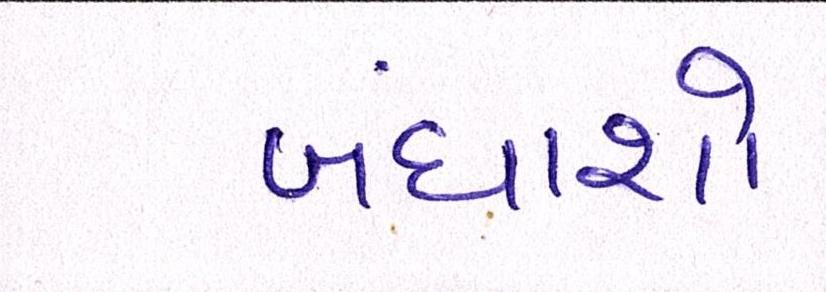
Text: બંધાશો